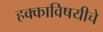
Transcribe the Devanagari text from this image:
हक्काविषयीचे